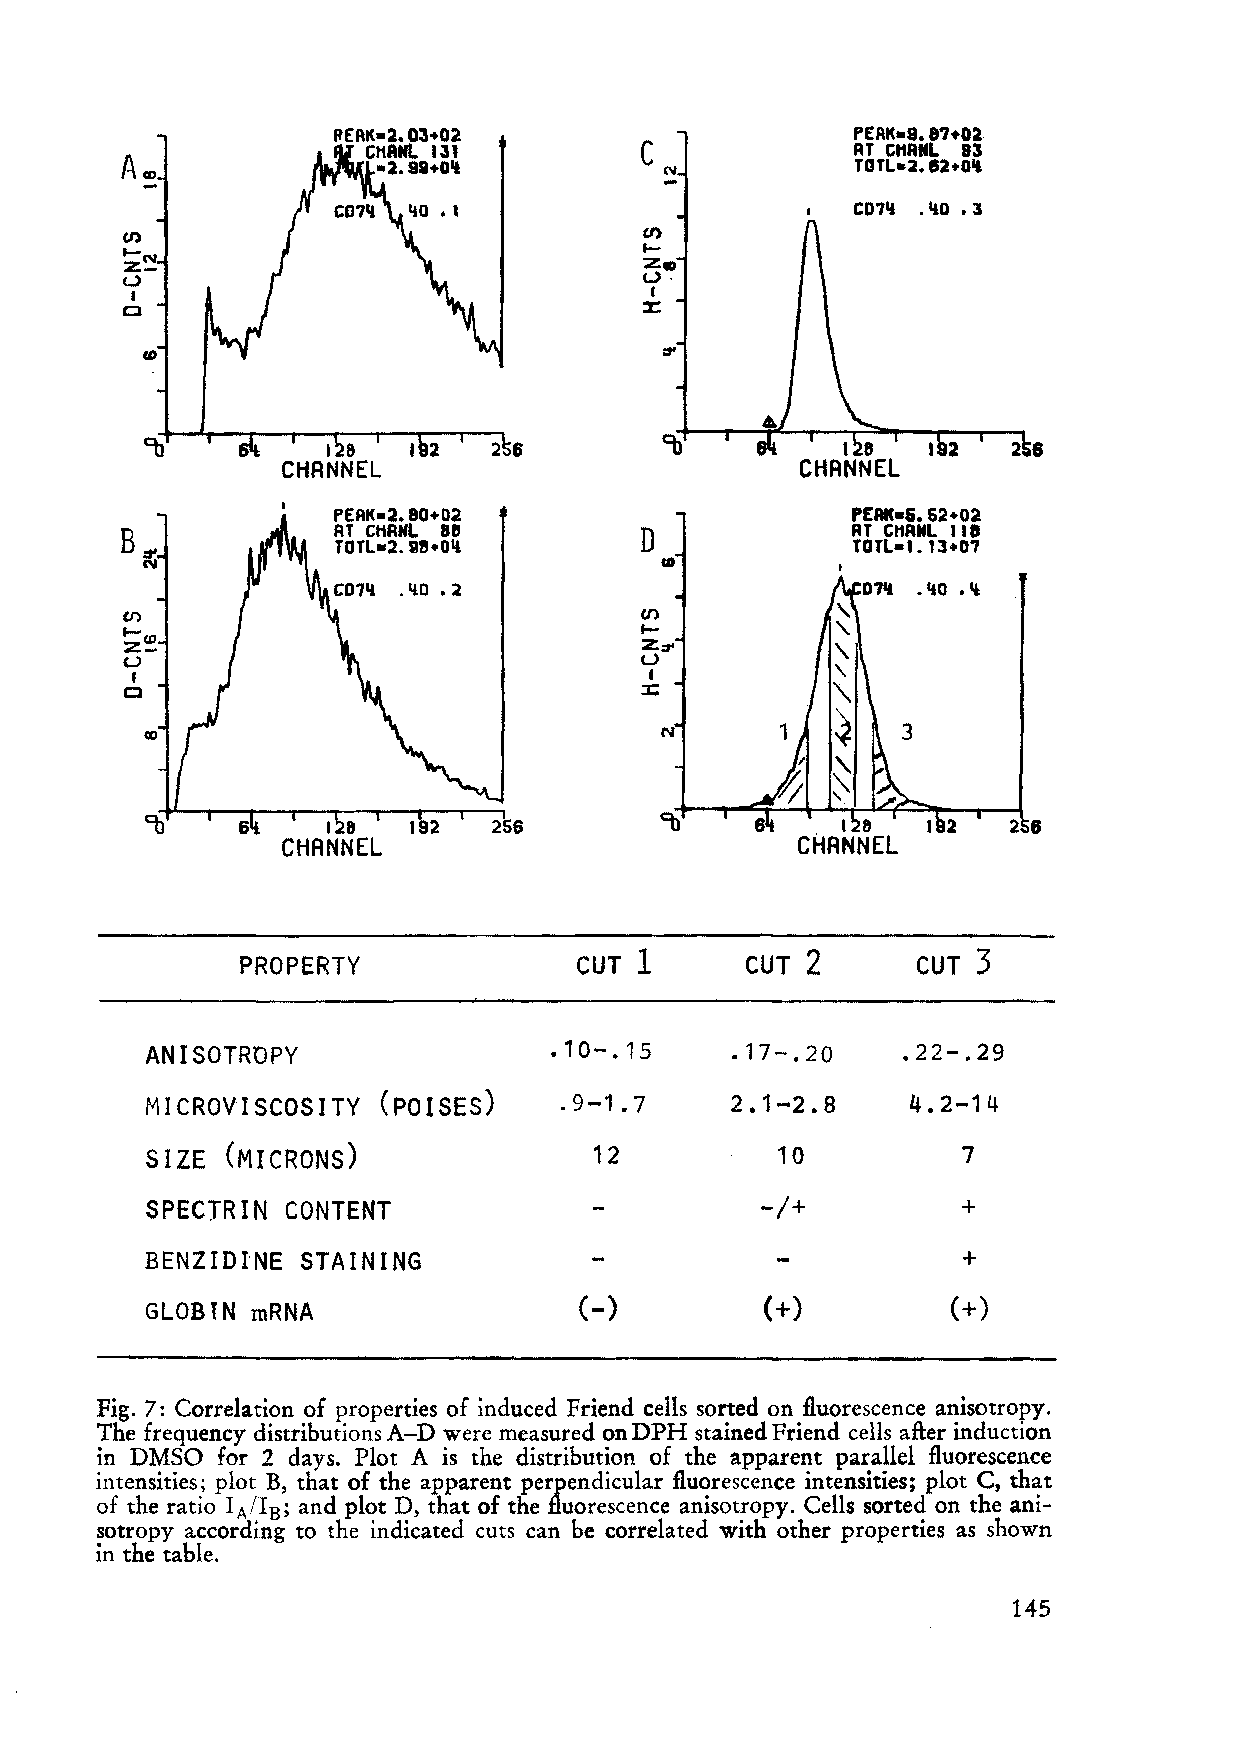
PEAK-8.81.02
 C             AT CHANL 83
 TDTL-:Z.82+01l
 AfD
 ."0
 CD7"   .3
 CI)                                CI)
 t-                                 t-
 zN-
 ZfD
 W                                  W·
 I                                 I
 CI                                 ::t:
 tD
 PEAIC-2.80+02                     PEAIC-5.S2+02
 B.:t'         AT CHRNL 88          D            AT CHANL liD
 TDTL-2.88+0'l                      TOTL-l.13+07
 N
 CI)
 I
 Z:::t'
 W
 I
 ::t:
 PROPERTY              CUT 1      CUT 2       CUT 3
 ANISOTROPY                 .10-.15     .17-.20    .22-.29
 MICROVISCOSITY (POISES)    .9-1. 7    2.1-2.8     4.2-14
 SIZE (MICRONS)               12           10          7
 SPECTRIN CONTENT                        -/+           +
 BENZIDINE STAINING                                    +
 GLOBlN mRNA                 (-)          (+)         (+)
 Fig. 7: Correlation of properties of induced Friend ceIls sorted on fluorescence anisotropy.
 The frequency distributions A-D were measured on DPH stained Friend ceIls after induction
 in DMSO for 2 days. Plot A is the distribution of the apparent parallel fluorescence
 intensities; plot B, that of the apparent perpendicular fluorescence intensities; plot C, that
 of the ratio IA/I B; and plot D, that of the fluorescence anisotropy. Cells sorted on the ani
 sotropy according to the indicated cuts can be correlated with other properties as shown
 in the table.
 145